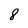
Character: 8